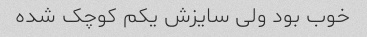
خوب بود ولی سایزش یکم کوچک شده